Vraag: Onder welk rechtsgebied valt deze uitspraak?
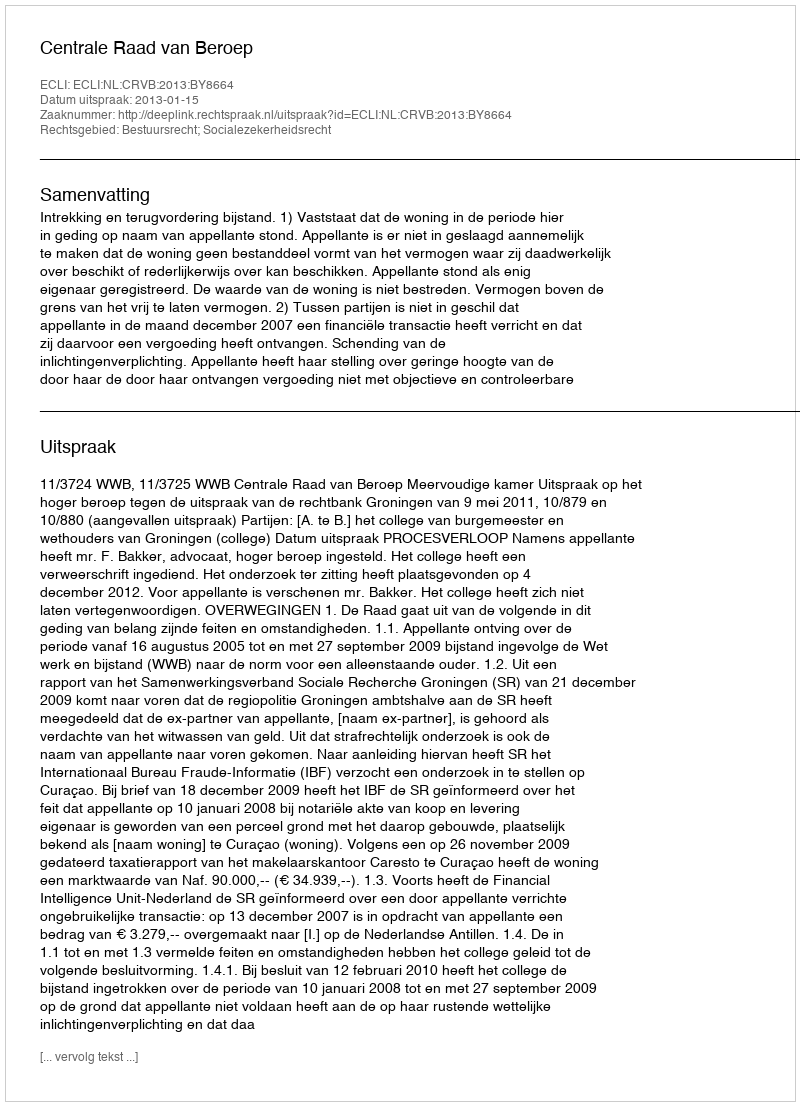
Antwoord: Bestuursrecht; Socialezekerheidsrecht